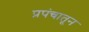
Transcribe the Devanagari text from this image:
प्रपंचातून